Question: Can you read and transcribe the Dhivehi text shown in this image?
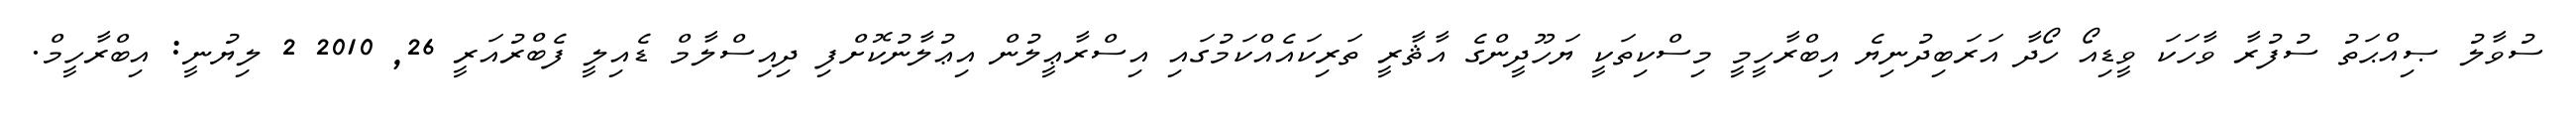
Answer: ސުވާލު ޞިއްޙަތު ސުފުރާ ވާހަކަ ވީޑިއޯ ހޯދާ އަރަބިދުނިޔެ އިބްރާހީމީ މިސްކިތަކީ ޔަހޫދީންގެ އާޘާރީ ތަރިކައެއްކަމުގައި އިސްރާޢީލުން އިޢުލާނުކޮށްފި ދިއިސްލާމް ޑެއިލީ ފެބްރުއަރީ 26, 2010 2 ލިޔުނީ: އިބްރާހީމް.